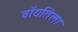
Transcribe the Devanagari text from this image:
वॉयतिला